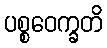
ပစ္စဝေက္ခတိ